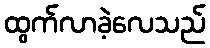
ထွက်လာခဲ့လေသည်